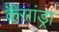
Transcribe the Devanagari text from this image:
कैसांड्रा